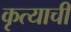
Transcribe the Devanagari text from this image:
कृत्याची